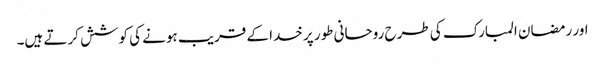
اور رمضان المبارک کی طرح روحانی طور پر خدا کے قریب ہونے کی کوشش کرتے ہیں۔